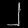
Digit: ၂